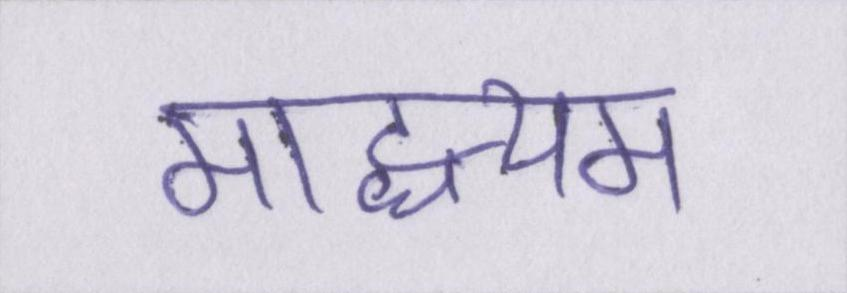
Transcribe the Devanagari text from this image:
माद्ध्यम